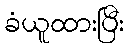
ခံယူထားပြီး